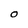
Character: O